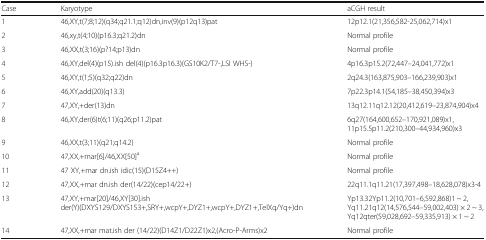
<table><thead><tr><td><b>Case</b></td><td><b>Karyotype</b></td><td><b>aCGH result</b></td></tr></thead><tbody><tr><td>1</td><td>46,XY,t(7;8;12)(q34;q21.1;q12)dn,inv(9)(p12q13)pat</td><td>12p12.1(21,356,582-25,062,714)x1</td></tr><tr><td>2</td><td>46,xy,t(4;10)(p16.3;q21.2)dn</td><td>Normal profile</td></tr><tr><td>3</td><td>46,XX,t(3;16)(p?14;p13)dn</td><td>Normal profile</td></tr><tr><td>4</td><td>46,XY,del(4)(p15).ish del(4)(p16.3p16.3)(GS10K2/T7-,LSI WHS-)</td><td>4p16.3p15.2(72,447–24,041,772)x1</td></tr><tr><td>5</td><td>46,XY,t(1;5)(q32;q22)dn</td><td>2q24.3(163,875,903–166,239,903)x1</td></tr><tr><td>6</td><td>46,XY,add(20)(q13.3)</td><td>7p22.3p14.1(54,185–38,450,394)x3</td></tr><tr><td>7</td><td>47,XY,+der(13)dn</td><td>13q12.11q12.12(20,412,619–23,874,904)x4</td></tr><tr><td>8</td><td>46,XY,der(6)t(6;11)(q26;p11.2)pat</td><td>6q27(164,600,652–170,921,089)x1, 11p15.5p11.2(210,300–44,934,960)x3</td></tr><tr><td>9</td><td>46,XX,t(3;11)(q21;q14.2)</td><td>Normal profile</td></tr><tr><td>10</td><td>47,XX,+mar[6]/46,XX[50]<sup>a</sup></td><td>Normal profile</td></tr><tr><td>11</td><td>47 XY,+mar dn.ish idic(15)(D15Z4++)</td><td>Normal profile</td></tr><tr><td>12</td><td>47,XX,+mar dn.ish der(14/22)(cep14/22+)</td><td>22q11.1q11.21(17,397,498–18,628,078)x3-4</td></tr><tr><td>13</td><td>47,XY,+mar[20]/46,XY[30].ish der(Y)(DXYS129/DXYS153+,SRY+,wcpY+,DYZ1+,wcpY+,DYZ1+,TelXq/Yq+)dn</td><td>Yp13.32Yp11.2(10,701–6,592,868)1 ~ 2, Yq11.21q12(14,576,544–59,002,403) × 2 ~ 3, Yq12qter(59,028,692–59,335,913) × 1 ~ 2</td></tr><tr><td>14</td><td>47,XX,+mar mat.ish der (14/22)(D14Z1/D22Z1)x2,(Acro-P-Arms)x2</td><td>Normal profile</td></tr></tbody></table>